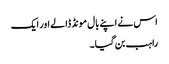
اس نے اپنے بال مونڈ ڈالے اور ایک
راہب بن گیا۔